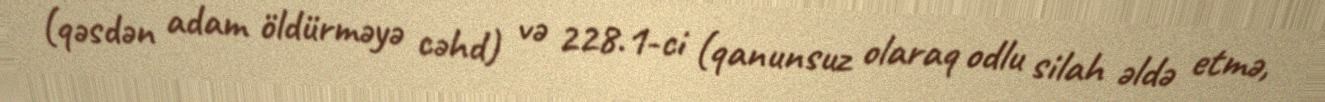
(qəsdən adam öldürməyə cəhd) və 228.1-ci (qanunsuz olaraq odlu silah əldə etmə,